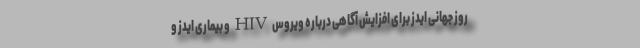
روز جهانی ایدز برای افزایش آگاهی درباره ویروس HIV و بیماری ایدز و